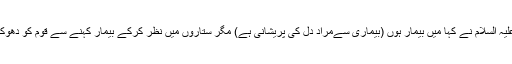
اسی طرح قرآن مجید میں ہے کہ ابراہیم علیہ السلام نے کہا میں بیمار ہوں (بیماری سےمراد دل کی پریشانی ہے) مگر ستاروں میں نظر کرکے بیمار کہنے سے قوم کو دھوکا دیا کہ ان کی مراد جسمانی بیماری ہے۔